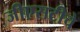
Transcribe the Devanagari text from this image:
जीएसटीचे